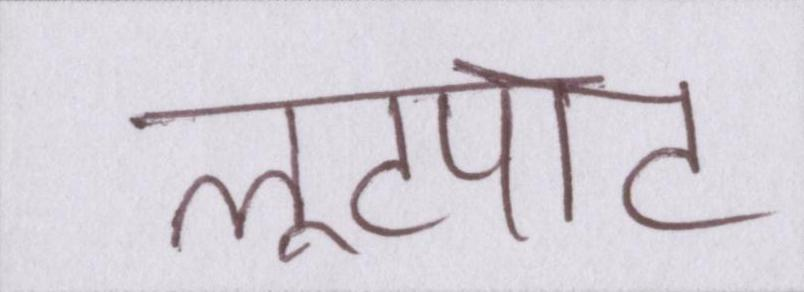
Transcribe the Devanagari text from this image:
लूटपाट